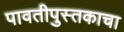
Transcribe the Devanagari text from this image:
पावतीपुस्तकाचा